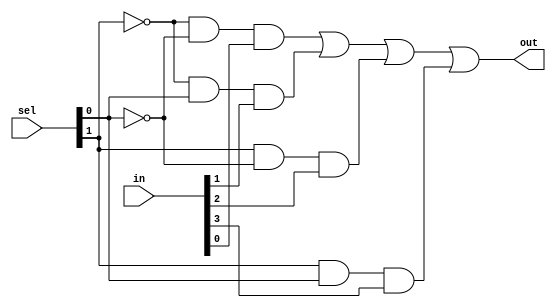

module mux_logic(sel, in, out);
  input [1:0] sel;
  input [3:0] in;
  output out;

//Continuous assignment using logical operators

  assign out = ((!sel[1] && !sel[0] && in[0]) ||
                (!sel[1] && sel[0] && in[1]) ||
                (sel[1] && !sel[0] && in[2]) ||
                (sel[1] && sel[0] && in[3]));
endmodule